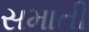
સમાતી